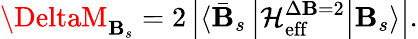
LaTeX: \DeltaM_{\mathbf{B}_{s}}=2\left|\langle\bar{{\mathbf{B}}}_{s}\left|\mathcal{{H}}_{\mathrm{{eff}}}^{\Delta\mathbf{B}=2}\right|\mathbf{B}_{s}\rangle\right|.